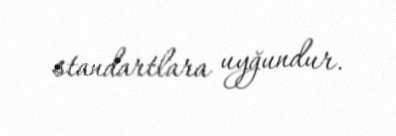
standartlara uyğundur.